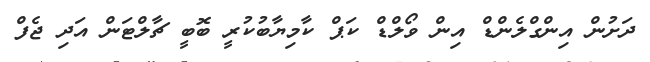
ދަށުން އިންގްލެންޑް އިން ވޯލްޑް ކަޕް ކާމިޔާބުކުރީ ބޮބީ ޗާލްޓަން އަދި ޖެފް